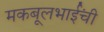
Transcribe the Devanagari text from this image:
मकबूलभाईंची